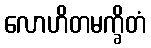
လောဟိတမက္ခိတံ